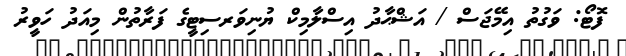
ފޮޓޯ: ވަގުތު އިމޭޖަސް / އަޝްޙާދު އިސްލާމިކް ޔުނިވަރސިޓީގެ ފަރާތުން މިއަދު ހަވީރު